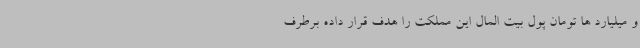
و میلیارد ها تومان پول بیت المال این مملکت را هدف قرار داده برطرف